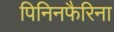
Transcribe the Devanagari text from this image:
पिनिनफैरिना